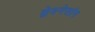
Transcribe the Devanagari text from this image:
ह्वेवनेसांग